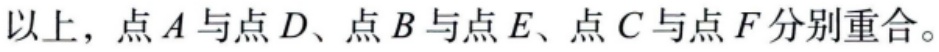
以上，点\(A\)与点\(D\)、点\(B\)与点\(E\)、点\(C\)与点\(F\)分别重合。